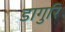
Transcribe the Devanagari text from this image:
डागुरि